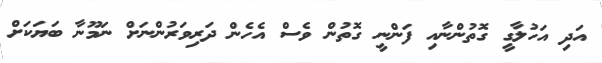
އަދި އަހުލާގީ ގޮތުންނާއި ފަންނީ ގޮތުން ވެސް އެހެން ދަރިވަރުންނަށް ނަމޫނާ ބަޔަކަށް